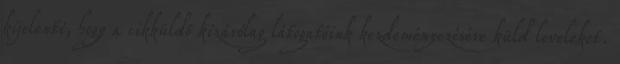
kijelenti, hogy a cikküldő kizárólag látogatóink kezdeményezésére küld leveleket.